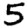
Digit: 5